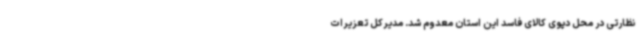
نظارتی در محل دپوی کالای فاسد این استان معدوم شد. مدیرکل تعزیرات